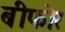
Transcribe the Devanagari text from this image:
बीफोर